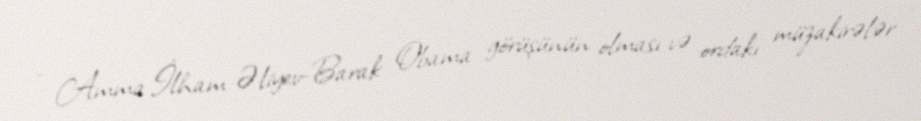
- Amma İlham Əliyev-Barak Obama görüşünün olması və ordakı müzakirələr